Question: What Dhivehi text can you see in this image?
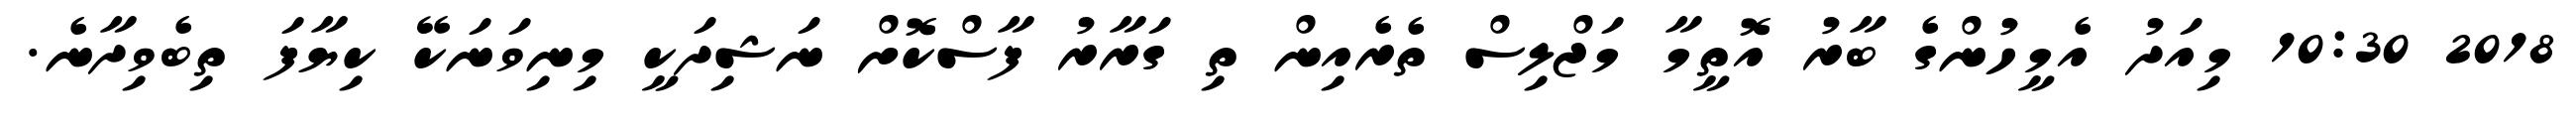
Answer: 2018 10:30 މިއަދު އެމީހުންގެ ބާރު އޮތީމާ މަޖްލިސް ތެރެއިން ތި ގަރާރު ފާސްކޮށް ނަޝިދަކީ މިނިވަނަކޭ ކިޔާފަ ތިބެވިދާނެ.